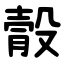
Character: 䐨